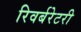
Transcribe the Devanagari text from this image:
रिवर्बरेटरी